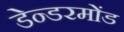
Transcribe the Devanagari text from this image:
डेन्डरमोंड